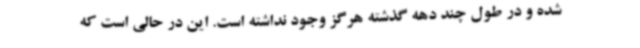
شده و در طول چند دهه گذشته هرگز وجود نداشته است. این در حالی است که